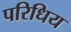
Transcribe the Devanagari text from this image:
परिधिय